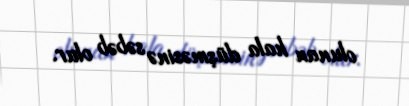
olunan hala düşməsinə səbəb olur.